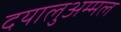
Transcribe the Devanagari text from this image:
दयालुअम्मल